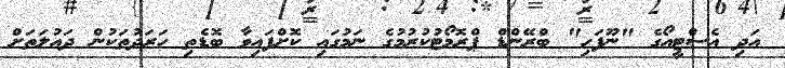
އަދި އެސްޓީއޯގެ "ނޫފަހި" ބްރޭންޑް ޕްރޮމޯޓުކުރުމުގެ ނަމުގައި ކޮށްފައިވާ ބޮޑެތި ހަރަދުތަކުން ދައުލަތަށް